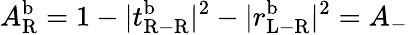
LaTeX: A_{\mathrm{R}}^{\mathrm{b}}=1-|t_{\mathrm{R-R}}^{\mathrm{b}}|^{2}-|r_{\mathrm{L-R}}^{\mathrm{b}}|^{2}=A_{-}